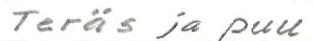
Teräs ja puu